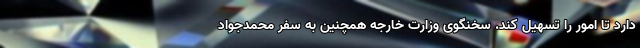
دارد تا امور را تسهیل کند. سخنگوی وزارت خارجه همچنین به سفر محمدجواد